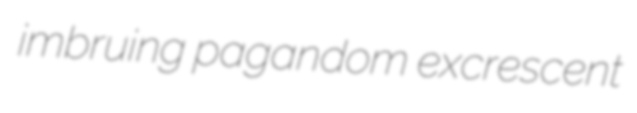
imbruing pagandom excrescent